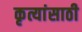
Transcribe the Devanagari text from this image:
कृत्यांसाठी